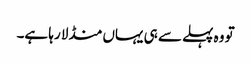
تو وہ پہلے سے ہی یہاں منڈلا رہا ہے۔